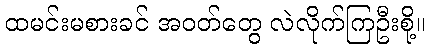
ထမင်းမစားခင် အဝတ်တွေ လဲလိုက်ကြဦးစို့။